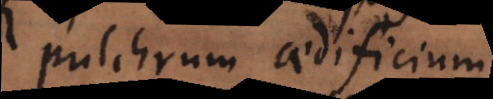
pulchrum aedificium,